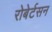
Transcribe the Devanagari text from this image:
रोबेर्टसन